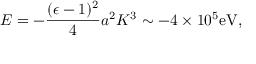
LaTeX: E = - { \frac { ( \epsilon - 1 ) ^ { 2 } } { 4 } } a ^ { 2 } K ^ { 3 } \sim - 4 \times 1 0 ^ { 5 } \mathrm { e V } ,